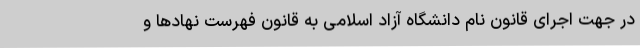
در جهت اجرای قانون نام دانشگاه آزاد اسلامی به قانون فهرست نهادها و